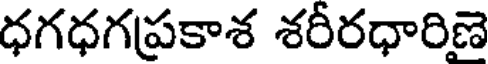
ధగధగప్రకాశ శరీరధారిణె